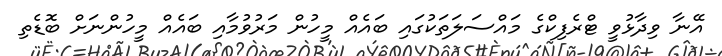
އޭނާ ވިދާޅުވީ ޓްރެފިކްގެ މައްސަލަތަކުގައި ބައެއް މީހުން މަރުވުމާއި ބައެއް މީހުންނަށް ބޮޑެތި